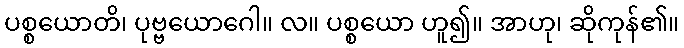
ပစ္စယောတိ၊ ပုဗ္ဗယောဂေါ။ လ။ ပစ္စယော ဟူ၍။ အာဟု၊ ဆိုကုန်၏။